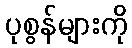
ပုစွန်များကို